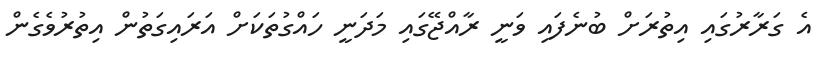
އެ ގަރާރުގައި އިތުރަށް ބުނެފައި ވަނީ ރާއްޖޭގައި މަދަނީ ހައްގުތަކަށް އަރައިގަތުން އިތުރުވެގެން